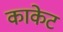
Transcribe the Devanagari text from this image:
काकेट